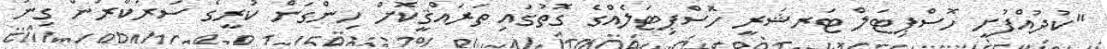
"ކުދުއްފުށީ ހޮސްޕިޓަލް ޓަރޝަރީ ހޮސްޕިޓަލެއްގެ ގޮތުގައި ތަރައްޤީކޮށް ހިންގަން ކުރީގެ ސަރުކާރުން ގިނަ